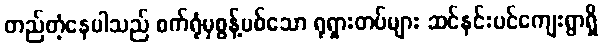
တည်တံ့နေပါသည် စက်ရုံမှစွန့်ပစ်သော ရုရှားတပ်များ ဆင်နင်းပင်ကျေးရွာရှိ